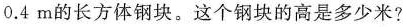
0.4m的长方体钢块。这个钢块的高是多少米?